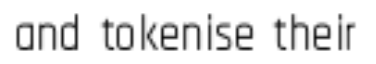
and tokenise their